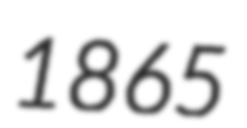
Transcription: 1865